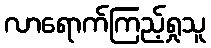
လာရောက်ကြည့်ရှုသူ